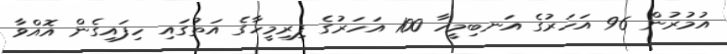
އުމުރުން 96 އަހަރުގެ އަނބިމީހާ 100 އަހަރުގެ ފިރިމީހާގެ އަތުގައި ހިފައިގެން އޮއްވާ